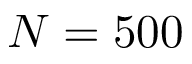
N = 5 0 0